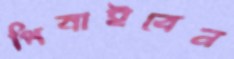
পিষাইবেন